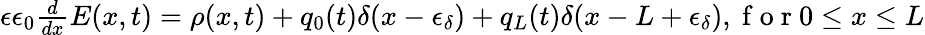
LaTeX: \begin{array}{r}{\epsilon\epsilon_{0}\frac{d}{dx}E(x,t)=\rho(x,t)+q_{0}(t)\delta(x-\epsilon_{\delta})+q_{L}(t)\delta(x-L+\epsilon_{\delta}),\mathrm{~f~o~r~}0\leq x\leq L}\end{array}